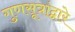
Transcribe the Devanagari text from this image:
गुणसूत्रांद्वारे